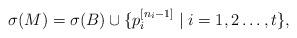
LaTeX: \begin{align*}\sigma(M)=\sigma(B)\cup \{p_i^{[n_i-1]} \mid i = 1,2\ldots,t\},\end{align*}